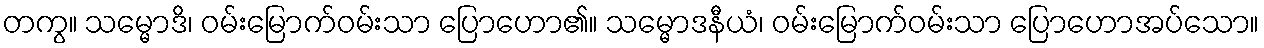
တကွ။ သမ္မောဒိ၊ ဝမ်းမြောက်ဝမ်းသာ ပြောဟော၏။ သမ္မောဒနီယံ၊ ဝမ်းမြောက်ဝမ်းသာ ပြောဟောအပ်သော။